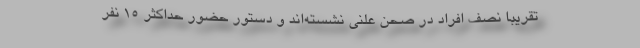
تقریبا نصف افراد در صحن علنی نشسته‌اند و دستور حضور حداکثر ۱۵ نفر